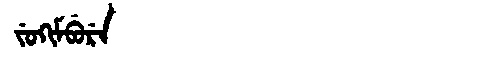
Manchu: ᠵᡠᡴᡳᠮᠪᡠᡵᡝ
Romanization: JUKIMBURE